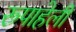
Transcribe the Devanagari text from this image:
रूपाहेली